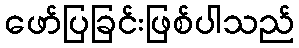
ဖော်ပြခြင်းဖြစ်ပါသည်